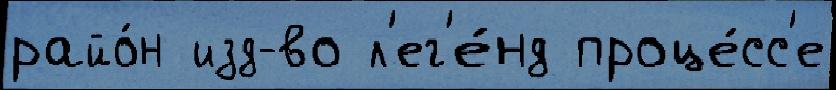
райо́н изд-во л'ег'е́нд проце́сс'е